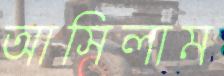
আসিলাম